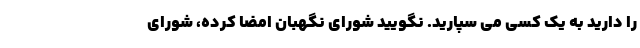
را دارید به یک کسی می سپارید. نگویید شورای نگهبان امضا کرده، شورای